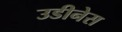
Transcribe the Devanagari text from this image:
उडीनेस